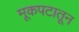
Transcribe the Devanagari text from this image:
मूकपटातून